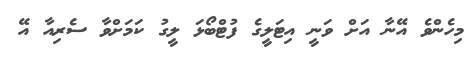
މިހެންވެ އޭނާ އަށް ވަނީ އިޓަލީގެ ފުޓްބޯޅަ ލީގު ކަމަށްވާ ސެރިއާ އޭ